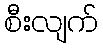
စီးလျက်